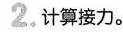
2.计算接力。